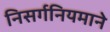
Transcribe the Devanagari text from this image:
निसर्गनियमाने